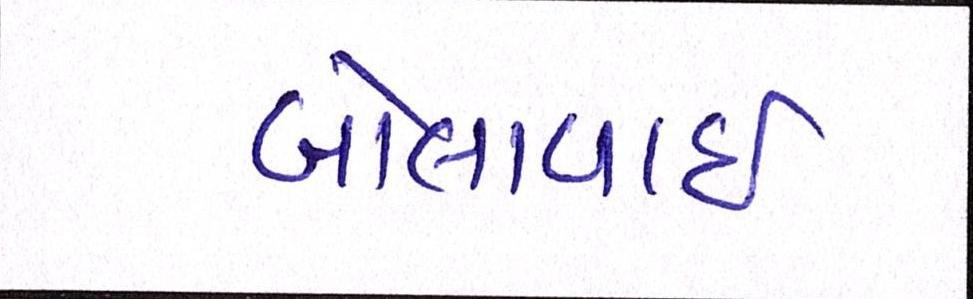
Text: બોલાવાઇ